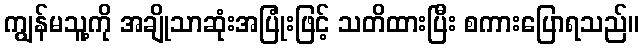
ကျွန်မသူ့ကို အချိုသာဆုံးအပြုံးဖြင့် သတိထားပြီး စကားပြောရသည်။